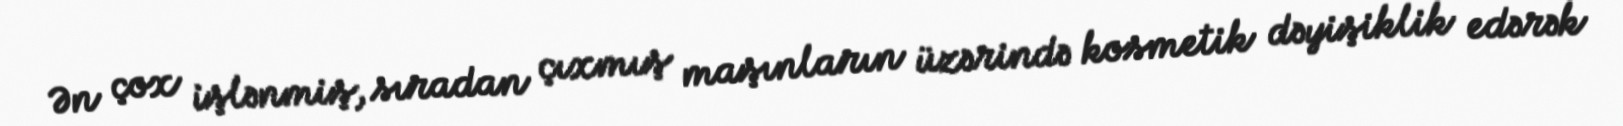
Ən çox işlənmiş, sıradan çıxmış maşınların üzərində kosmetik dəyişiklik edərək